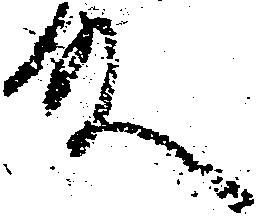
殿